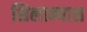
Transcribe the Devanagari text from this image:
शिलान्याश